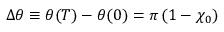
\Delta \theta \equiv \theta ( T ) - \theta ( 0 ) = \pi \, ( 1 - \chi _ { 0 } )